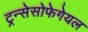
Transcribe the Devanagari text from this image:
ट्रन्सेसोफेगेयल